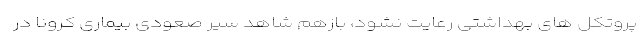
پروتکل های بهداشتی رعایت نشود، بازهم شاهد سیر صعودی بیماری کرونا در